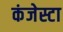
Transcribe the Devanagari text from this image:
कंजेस्टा